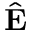
\hat { \bf E }